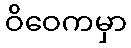
ဝိဝေကမှာ